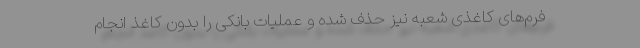
فرم‌های کاغذی شعبه نیز حذف شده و عملیات بانکی را بدون کاغذ انجام